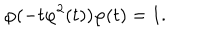
LaTeX: \varphi ( - t \varphi ^ { 2 } ( t ) ) \varphi ( t ) = 1 .